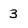
Character: 3